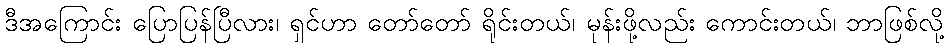
ဒီအကြောင်း ပြောပြန်ပြီလား၊ ရှင်ဟာ တော်တော် ရိုင်းတယ်၊ မုန်းဖို့လည်း ကောင်းတယ်၊ ဘာဖြစ်လို့